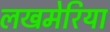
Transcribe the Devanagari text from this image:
लखमेरिया